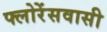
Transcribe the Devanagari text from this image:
फ्लोरेंसवासी